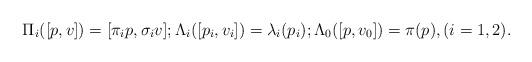
LaTeX: \begin{align*}\Pi_i([p,v])=[\pi_ip,\sigma_iv]; \Lambda_i([p_i,v_i])=\lambda_i(p_i); \Lambda_0([p,v_0])=\pi(p), (i=1,2).\end{align*}